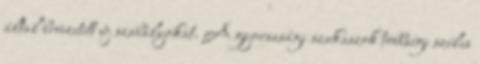
által bevezetett új szabályokat. A gyorsasági szakaszok többsége széles